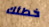
خطئك